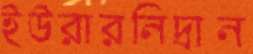
ইউরারনিদ্রান